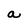
Character: a